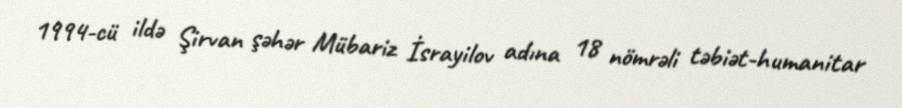
1994-cü ildə Şirvan şəhər Mübariz İsrayilov adına 18 nömrəli təbiət-humanitar